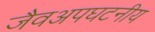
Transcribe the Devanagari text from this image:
जैवअपघटनीय